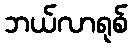
ဘယ်လာရုစ်